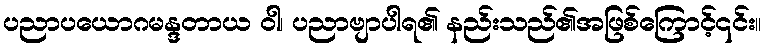
ပညာပယောဂမန္ဒတာယ ဝါ၊ ပညာဗျာပါရ၏ နည်းသည်၏အဖြစ်ကြောင့်၎င်း။